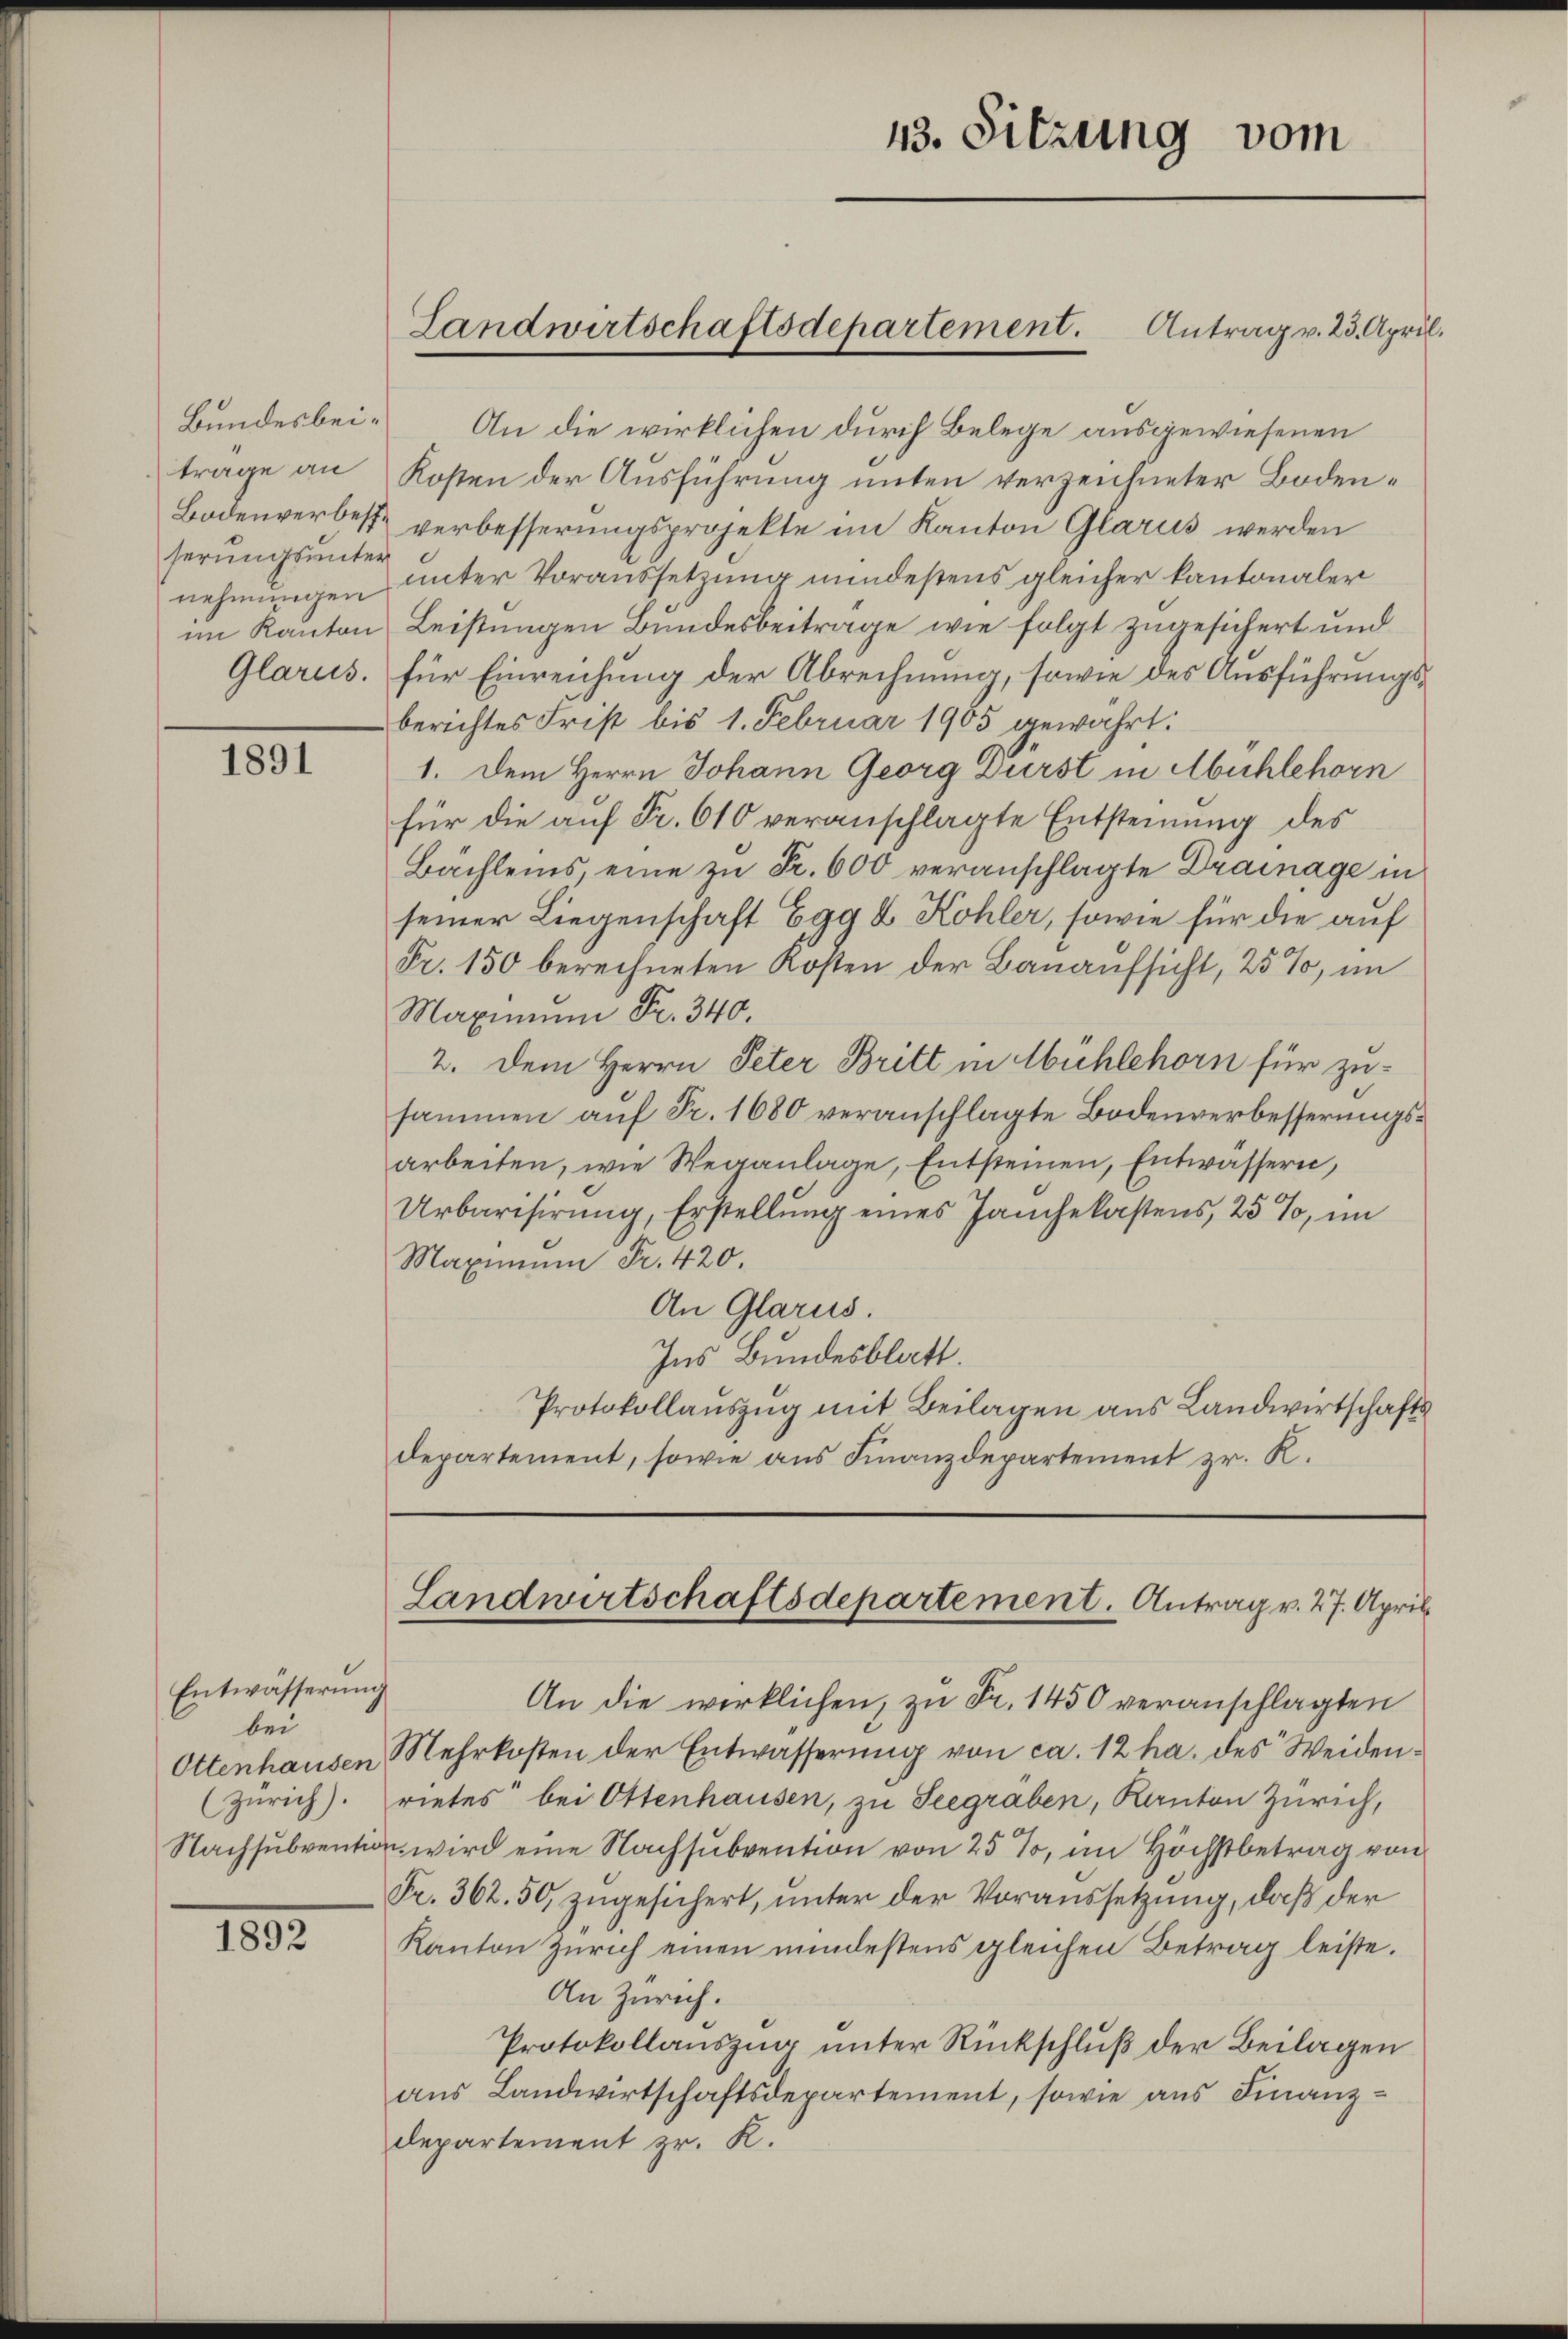
trage an
serungsunter

1891

Bundesbei. An die wirklichen durch Belege ausgewiesenen
Kosten der Ausführung unten verzeichneter Boden¬
Bodenverbesse verbesserungsprojekte im Kanton Glarus werden
nehmungen unter Voraussetzung mindeßens gleicher kantonaler
im Kanton Leistungen Bundesbeitrage wie folgt zugesichert und
Glarus, für Einreichung der Abrechnung, sowie des Ausführungsberichtes Frist bis 1. Februar 1905 gewährt.
1. Dem Herrn Johann Georg Dürst in Abuhlehorn
für die auf Fr. 610 veranschlagte Entsteinung des
Bächleines, eine zu Fr. 600 veranschlagte Drainage in
seiner Liegenschaft Egg & Kohler, sowie für die auf
Fr. 150 berechneten Kosten der Bauaufsicht, 25%, im
Maximum Fr. 340.
2. Dem Herrn Peter Britt in Mühlehorn für zusammen auf Fr. 1680 veranschlagte Bodenverbesserungsarbeiten, wie Weganlage, Entsteinen, Entwässern,
Urbarisirung, Erstellung eines Jauchekastens 25%, im
Maximum Fr. 420.
An Glarus.
Ins Bundesblatt.
Protokollauszug mit Beilagen aus Landwirtschafts
departement, sowie aus Finanzdepartement zr. K.

Entwässerung
bei
Ottenhausen

1892

13. Sitzung vom

Landwirtschaftsdepartement. Antrag v. 23. April.

An die wirklichen, zu Fr. 1450 veranschlagten
Mehrkosten der Entwässerung von ca. 12 ha. des Weiden¬
(Zürich). rietes bei Ottenhausen, zu Seegraben, Kanton Zürich,
Nachsubvention wird eine Nachsubvention von 25 %, im Höchstbetrag von
Fr. 362. 50, zugesichert, unter der Voraussetzung, daß der
Kanton Zürich einen mindestens gleichen Betrag leiste.
An Zürich.
Protokollauszug unter Rückschluß der Beilagen
aus Landwirtschaftsdepartement, sowie aus Finanz¬
Departement zr. R.

Landwirtschaftsdepartement. Antrag v. 27. April.